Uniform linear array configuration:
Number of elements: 4
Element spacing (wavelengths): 0.25
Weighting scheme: binomial
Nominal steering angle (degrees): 30
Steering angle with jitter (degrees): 31.291
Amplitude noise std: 0.05
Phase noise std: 0.05

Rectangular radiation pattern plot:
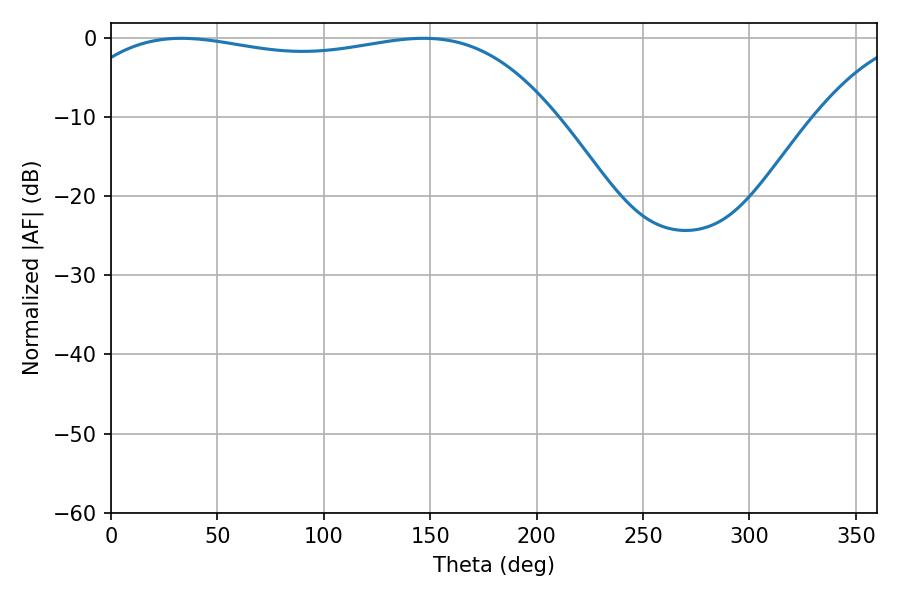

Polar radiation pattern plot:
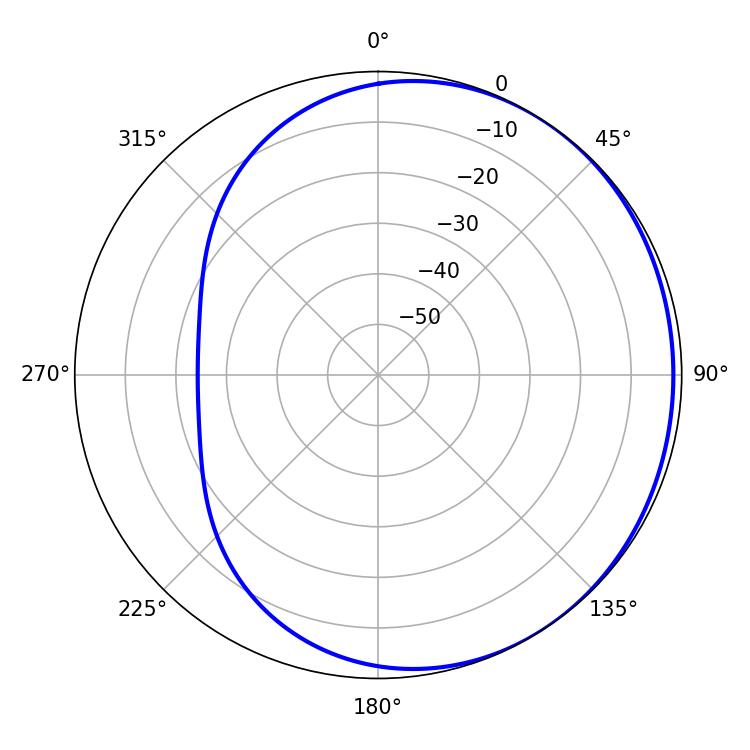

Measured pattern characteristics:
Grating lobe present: FALSE
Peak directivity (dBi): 1.065
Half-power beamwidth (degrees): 183.42
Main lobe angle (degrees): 33.12